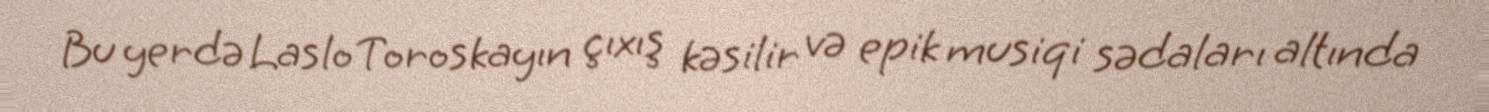
Bu yerdə Laslo Toroskayın çıxış kəsilir və epik musiqi sədaları altında